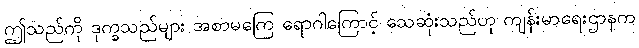
ဤသည်ကို ဒုက္ခသည်များ အစာမကြေ ရောဂါကြောင့် သေဆုံးသည်ဟု ကျန်းမာရေးဌာနက